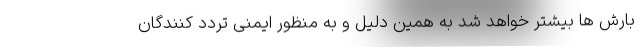
بارش ها بیشتر خواهد شد به همین دلیل و به منظور ایمنی تردد کنندگان